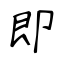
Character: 即